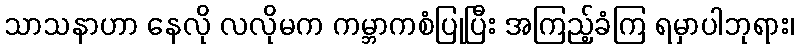
သာသနာဟာ နေလို လလိုမက ကမ္ဘာကစံပြုပြီး အကြည့်ခံကြ ရမှာပါဘုရား၊